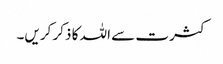
کثرت سے اللہ کا ذکر کریں۔